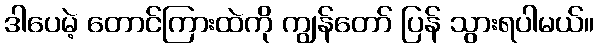
ဒါပေမဲ့ တောင်ကြားထဲကို ကျွန်တော် ပြန် သွားရပါမယ်။